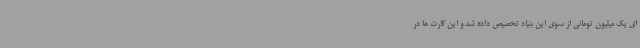
ای یک میلیون تومانی از سوی این بنیاد تخصیص داده شد و این کارت ها در